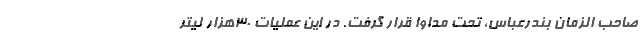
صاحب الزمان بندرعباس، تحت مداوا قرار گرفت. در این عملیات ۳۰هزار لیتر